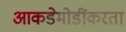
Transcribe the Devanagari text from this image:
आकडेमोडींकरता